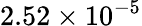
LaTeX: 2.52\times 10^{-5}